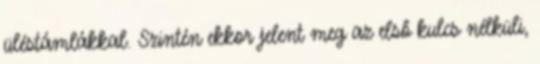
üléstámlákkal. Szintén ekkor jelent meg az első kulcs nélküli,